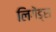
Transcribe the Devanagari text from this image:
लिगेंड्स